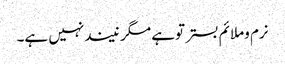
نرم وملائم بستر توہے مگر نیندنہیں ہے۔